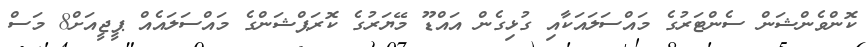
ކޮންވެންޝަން ސެންޓަރުގެ މައްސަލައަކާއި ގުޅިގެން އައްޑޫ މޭޔަރުގެ ކޮރަޕްޝަންގެ މައްސަލައެއް ޕީޖީއަށް8 މަސް